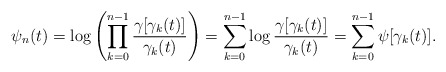
\begin{align*}\psi_n(t)=\log\left(\prod_{k=0}^{n-1}\frac{\gamma[\gamma_k(t)]}{\gamma_k(t)}\right)=\sum_{k=0}^{n-1}\log\frac{\gamma[\gamma_k(t)]}{\gamma_k(t)}=\sum_{k=0}^{n-1}\psi[\gamma_k(t)].\end{align*}